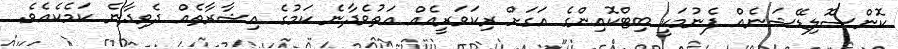
ކޮންސޮލިޑޭޝަނެއް ފެނުމަކީ ބިޓްކޮއިންގެ އަގަށް ރިކަވަރީއެއް އަތުވެދާނެ ކަމުގެ އިޝާރާތެއް ދެވިދާނެ ކަމެކެއެވެ.